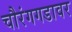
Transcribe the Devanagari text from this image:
चौरंगगडावर